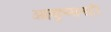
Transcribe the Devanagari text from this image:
आयुष्मानही